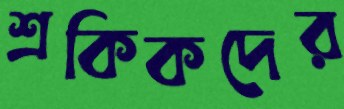
শ্রকিকদের